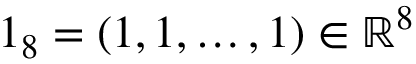
\boldsymbol { 1 } _ { 8 } = ( 1 , 1 , \dots , 1 ) \in \mathbb { R } ^ { 8 }